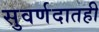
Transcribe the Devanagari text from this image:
सुवर्णदातही